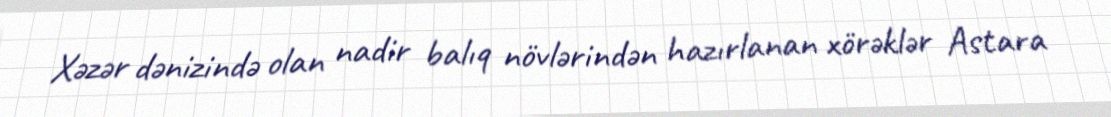
Xəzər dənizində olan nadir balıq növlərindən hazırlanan xörəklər Astara